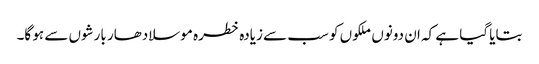
بتایا گیا ہے کہ ان دونوں ملکوں کو سب سے زیادہ خطرہ موسلادھار بارشوں سے ہو گا۔